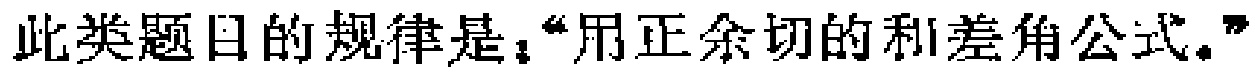
此类题目的规律是：“用正余切的和差角公式。”